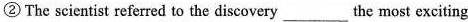
② The scientist referred to the discovery___the most exciting